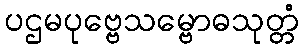
ပဌမပုဗ္ဗေသမ္ဗောဓသုတ္တံ